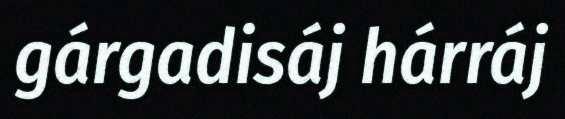
gárgadisáj hárráj